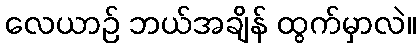
လေယာဉ် ဘယ်အချိန် ထွက်မှာလဲ။